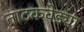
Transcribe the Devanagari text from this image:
नाटकवेड्या